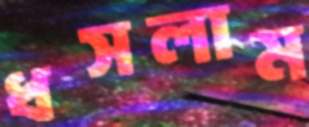
ধসলাম